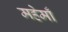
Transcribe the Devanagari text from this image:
महेमाँ